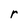
Character: r